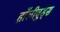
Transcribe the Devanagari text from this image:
हॉलीवुड्स